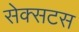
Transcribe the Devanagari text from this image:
सेक्सटस